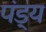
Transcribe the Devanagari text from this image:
पंड्य